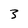
Character: 3